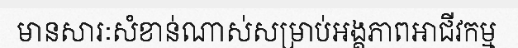
មានសារៈសំខាន់ណាស់សម្រាប់អង្គភាពអាជីវកម្ម